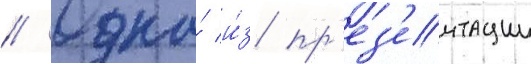
// Одна́ и́з пр'ез'ентации